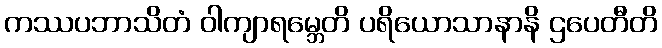
ကဿပဘာသိတံ ဝါကျာရမ္ဘေတိ ပရိယောသာနာနိ ဌပေတီတိ